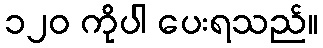
၁၂၀ ကိုပါ ပေးရသည်။